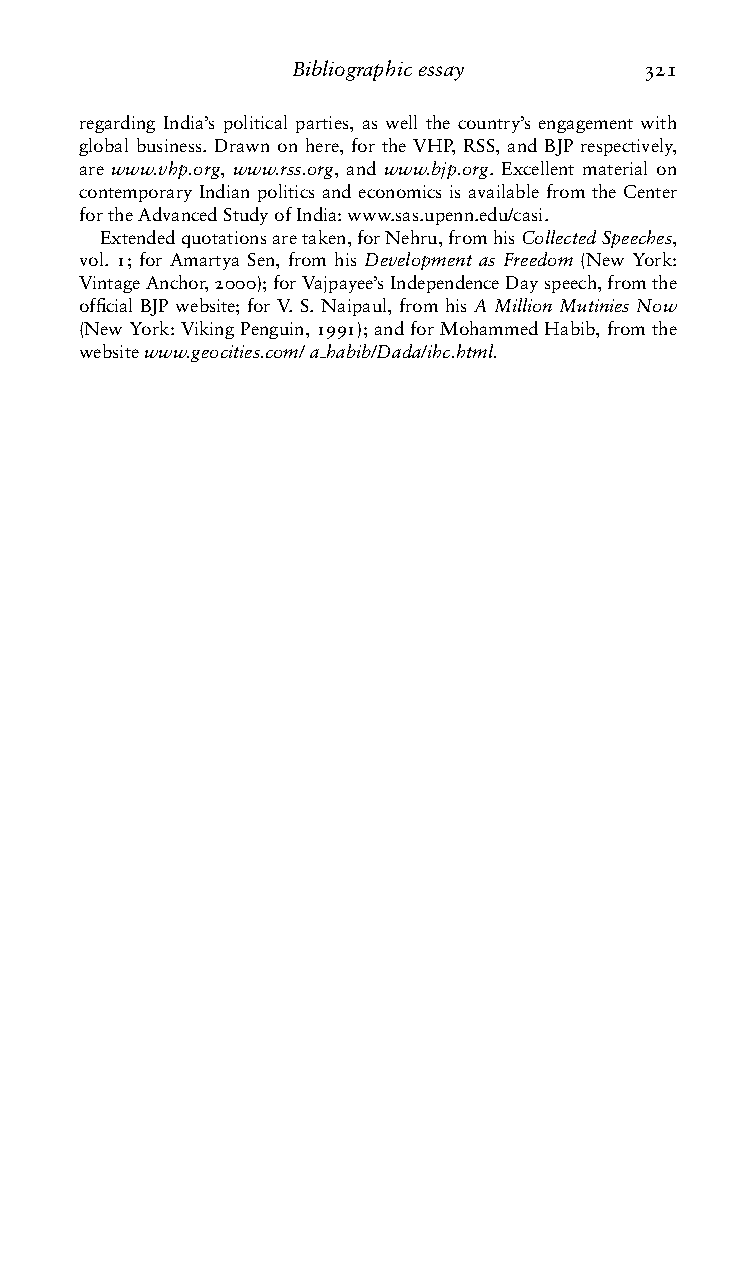
Bibliographicessay     321
 regarding India’s political parties, as well the country’s engagement with
 global business. Drawn on here, for the VHP, RSS, and BJP respectively,
 are www.vhp.org, www.rss.org, and www.bjp.org. Excellent material on
 contemporary Indian politics and economics is available from the Center
 fortheAdvancedStudyofIndia:www.sas.upenn.edu/casi.
 Extendedquotationsaretaken,forNehru,fromhisCollectedSpeeches,
 vol. 1; for Amartya Sen, from his Development as Freedom (New York:
 VintageAnchor,2000);forVajpayee’sIndependenceDayspeech,fromthe
 official BJP website; for V. S. Naipaul, from his A Million Mutinies Now
 (NewYork:VikingPenguin,1991);andforMohammedHabib,fromthe
 websitewww.geocities.com/a habib/Dada/ihc.html.